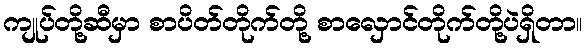
ကျုပ်တို့ဆီမှာ စာပိတ်တိုက်တို့ စာလှောင်တိုက်တို့ပဲရှိတာ။